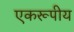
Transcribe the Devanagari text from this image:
एकरूपीय